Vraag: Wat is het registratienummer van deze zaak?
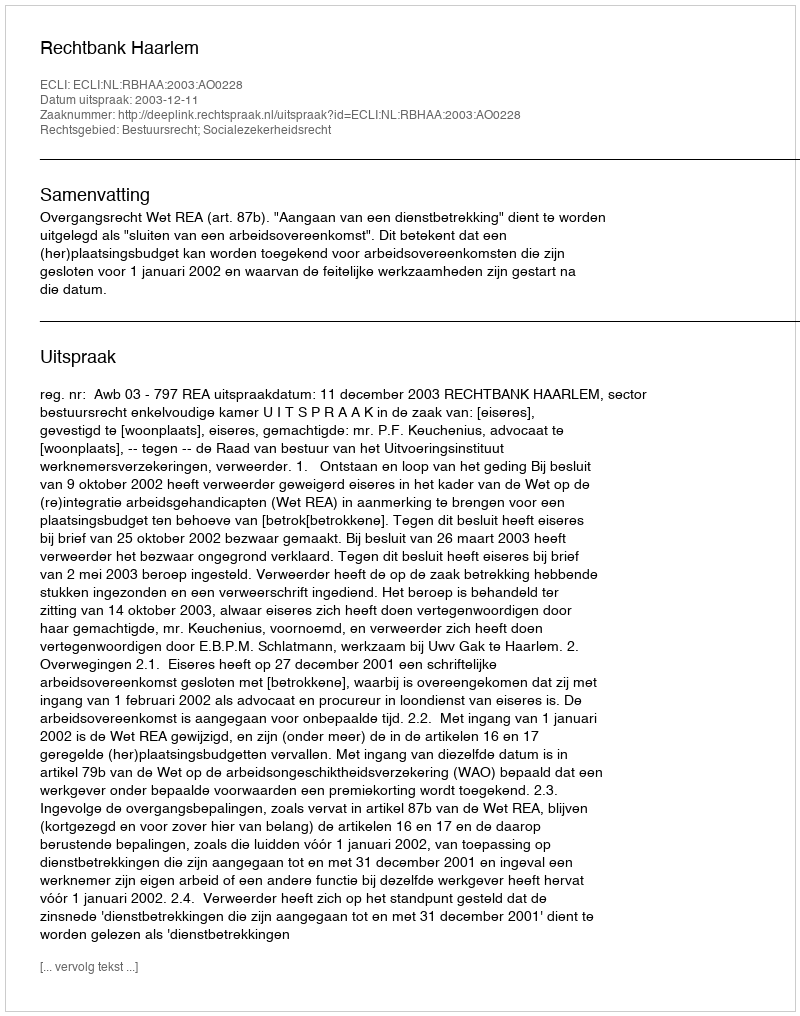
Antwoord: http://deeplink.rechtspraak.nl/uitspraak?id=ECLI:NL:RBHAA:2003:AO0228